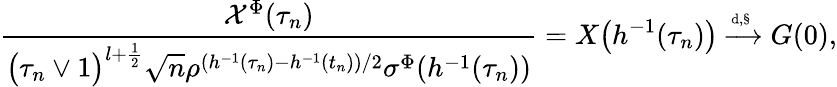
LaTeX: \frac{\mathcal{X}^{\Phi}(\tau_{n})}{\big(\tau_{n}\vee 1\big)^{l+\frac 12}\sqrt n\rho^{(h^{-1}(\tau_{n})-h^{-1}(t_{n}))/2}\sigma^{\Phi}(h^{-1}(\tau_{n}))}=X\big(h^{-1}(\tau_{n})\big)\xrightarrow{\scriptscriptstyle{\mathrm{d},\S}}G(0),